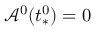
\mathcal { A } ^ { 0 } ( t _ { * } ^ { 0 } ) = 0